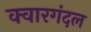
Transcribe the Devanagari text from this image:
क्वारगंदल